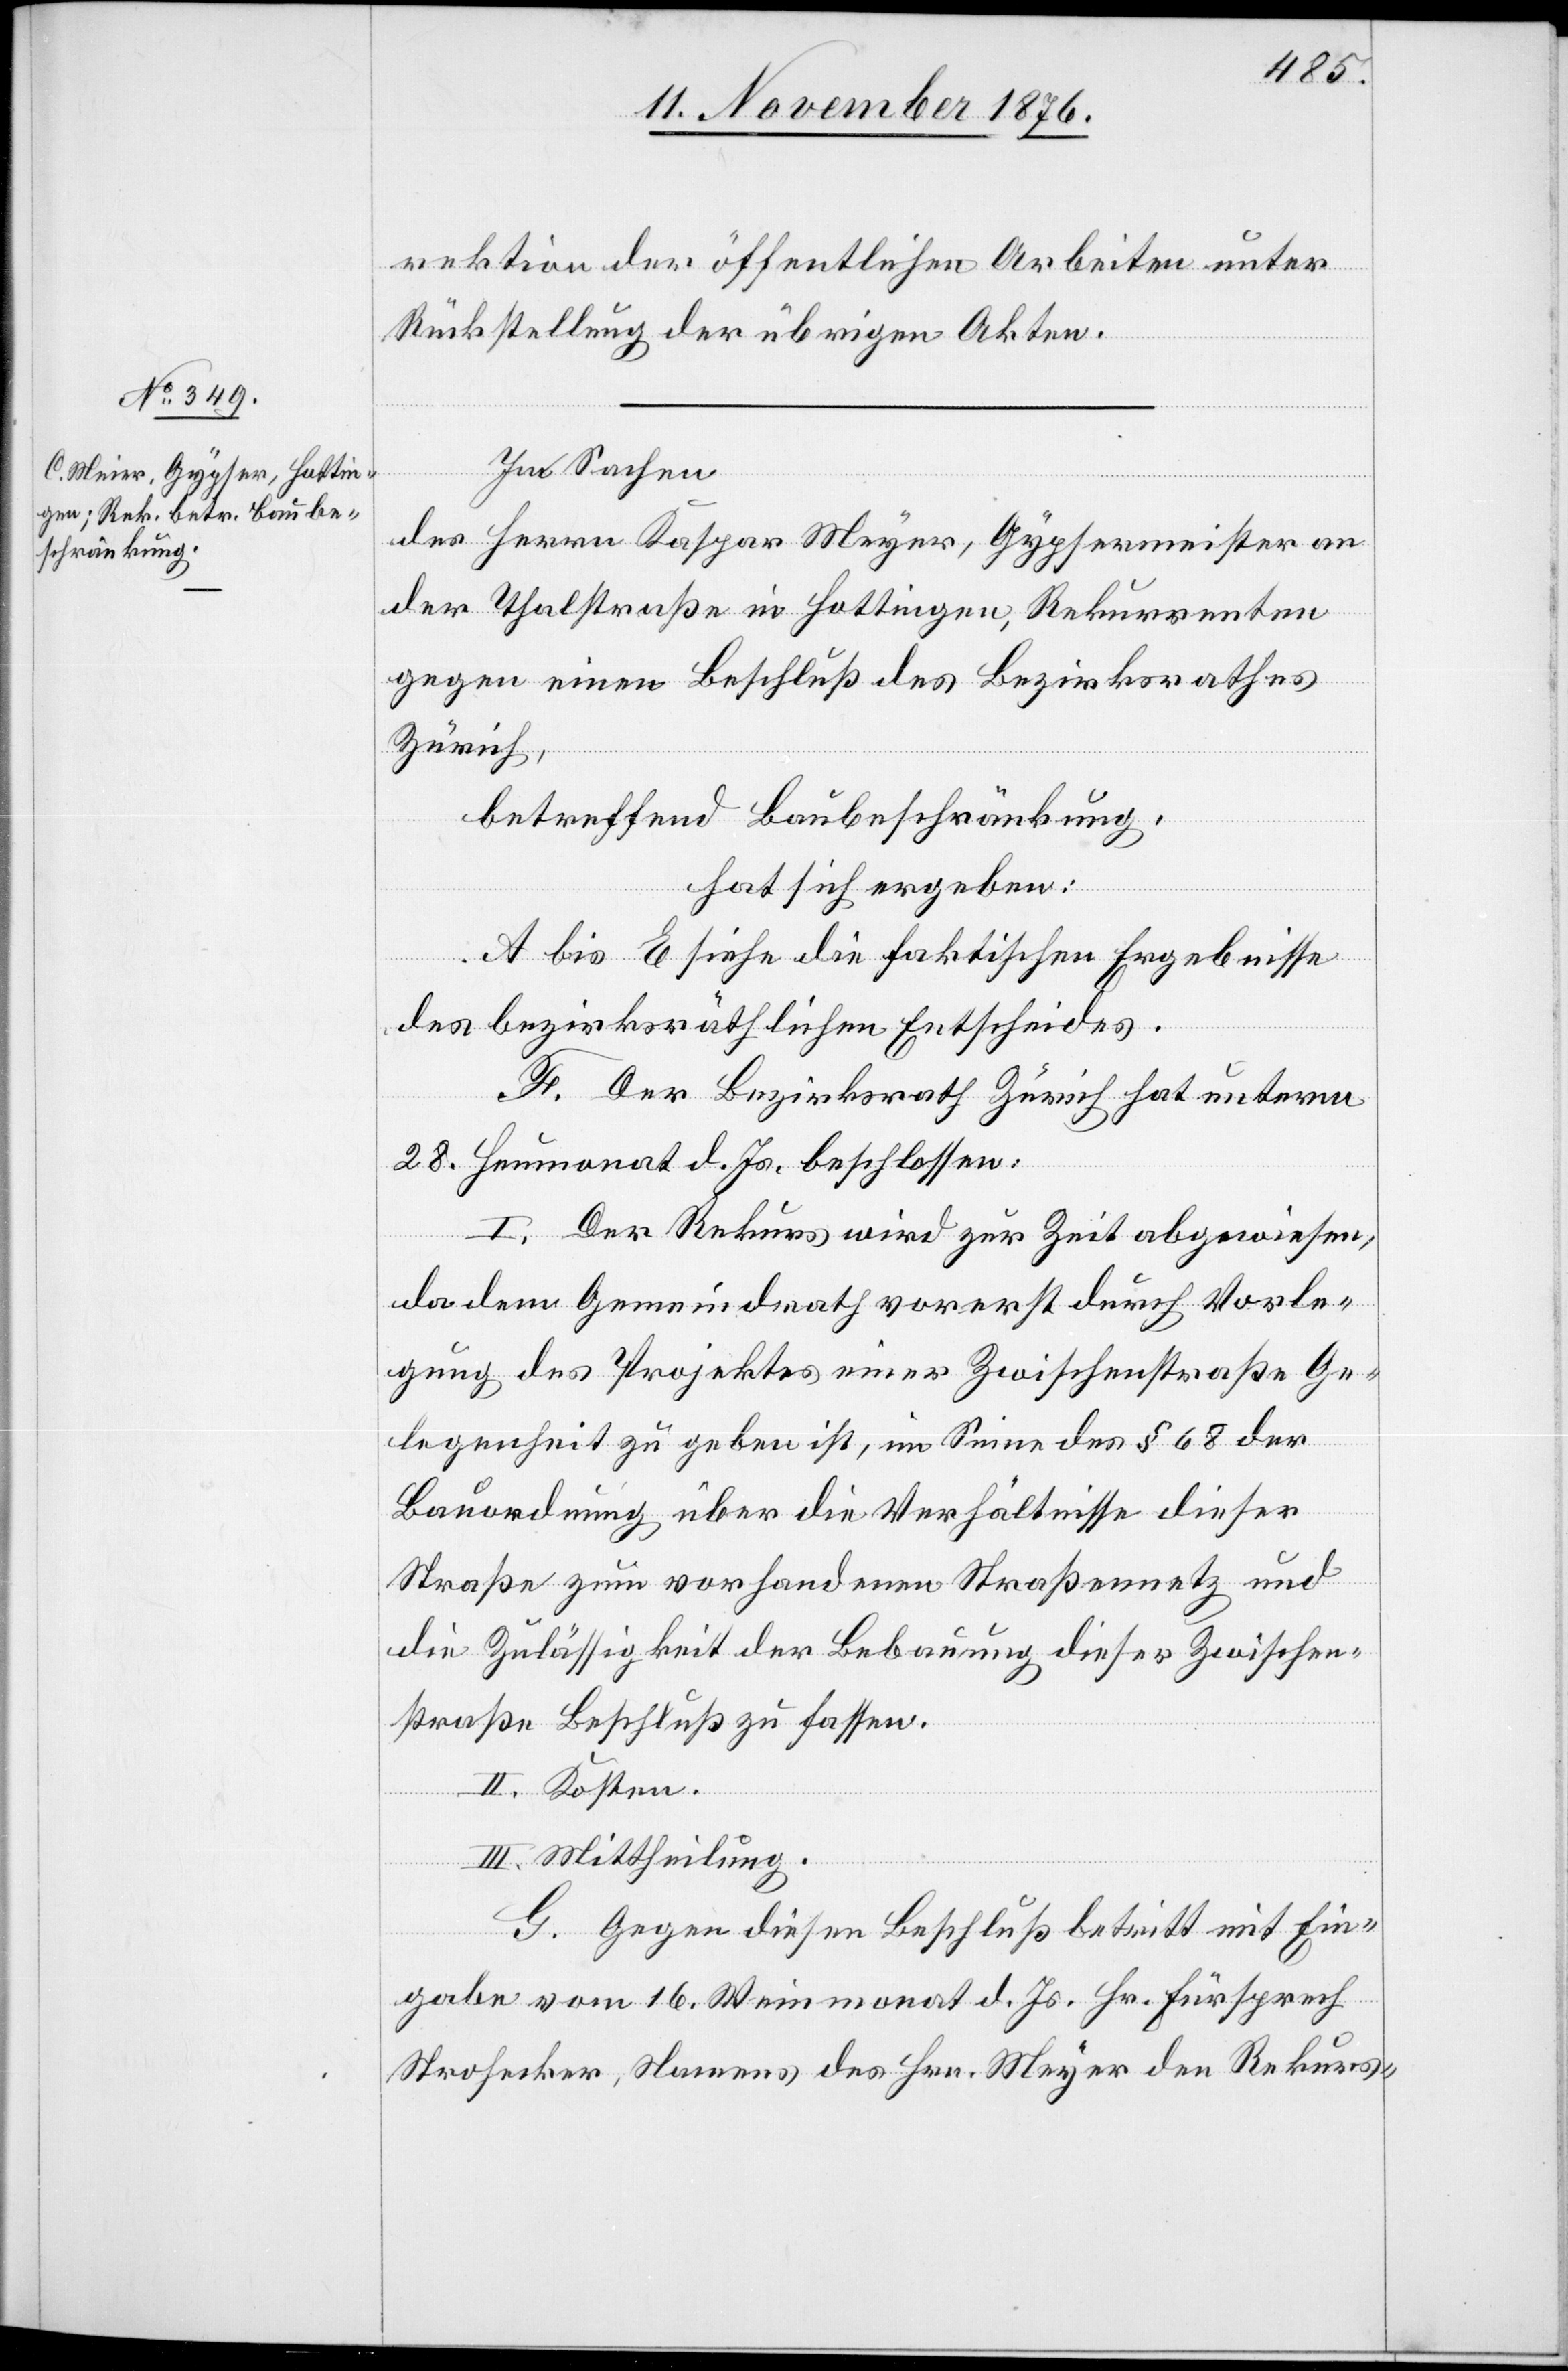
rektion der öffentlichen Arbeiten unter
Rückstellung der übrigen Akten.
In Sachen
des Herrn Kaspar Meyer [sic!], Gypsermeister an
der Thalstraße in Hottingen, Rekurrenten
gegen einen Beschluß des Bezirksrathes
Zürich,
betreffend Baubeschränkung,
hat sich ergeben:
A bis E siehe die faktischen Ergebnisse
des bezirksräthlichen Entscheides.
F. Der Bezirksrath Zürich hat unterm
28. Heumonat d. Js. beschlossen:
I. Der Rekurs wird zur Zeit abgewiesen,
da dem Gemeindrath vorerst durch Vorle¬
gung des Projektes einer Zwischenstraße Ge¬
legenheit zu geben ist, im Sinne des § 68 der
Bauordnung über die Verhältnisse dieser
Straße zum vorhandenen Straßennetz und
die Zulässigkeit der Bebauung dieser Zwischen¬
straße Beschluß zu fassen.
II. Kosten.
III. Mittheilung.
G. Gegen diesen Beschluß betritt mit Ein¬
gabe vom 16. Weinmonat d. Js. Hr. Fürsprech
Strohecker, Namens des Hrn. Meyer den Rekurs-